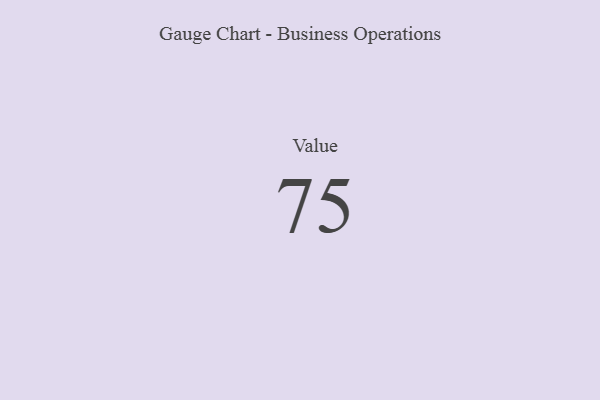
{"axis": {"x": "Metric", "y": "Value"}, "legend": [""], "data": [{"x": "Value", "y": 75, "type": ""}]}